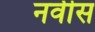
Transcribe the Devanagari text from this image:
नवीस